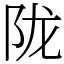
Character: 陇